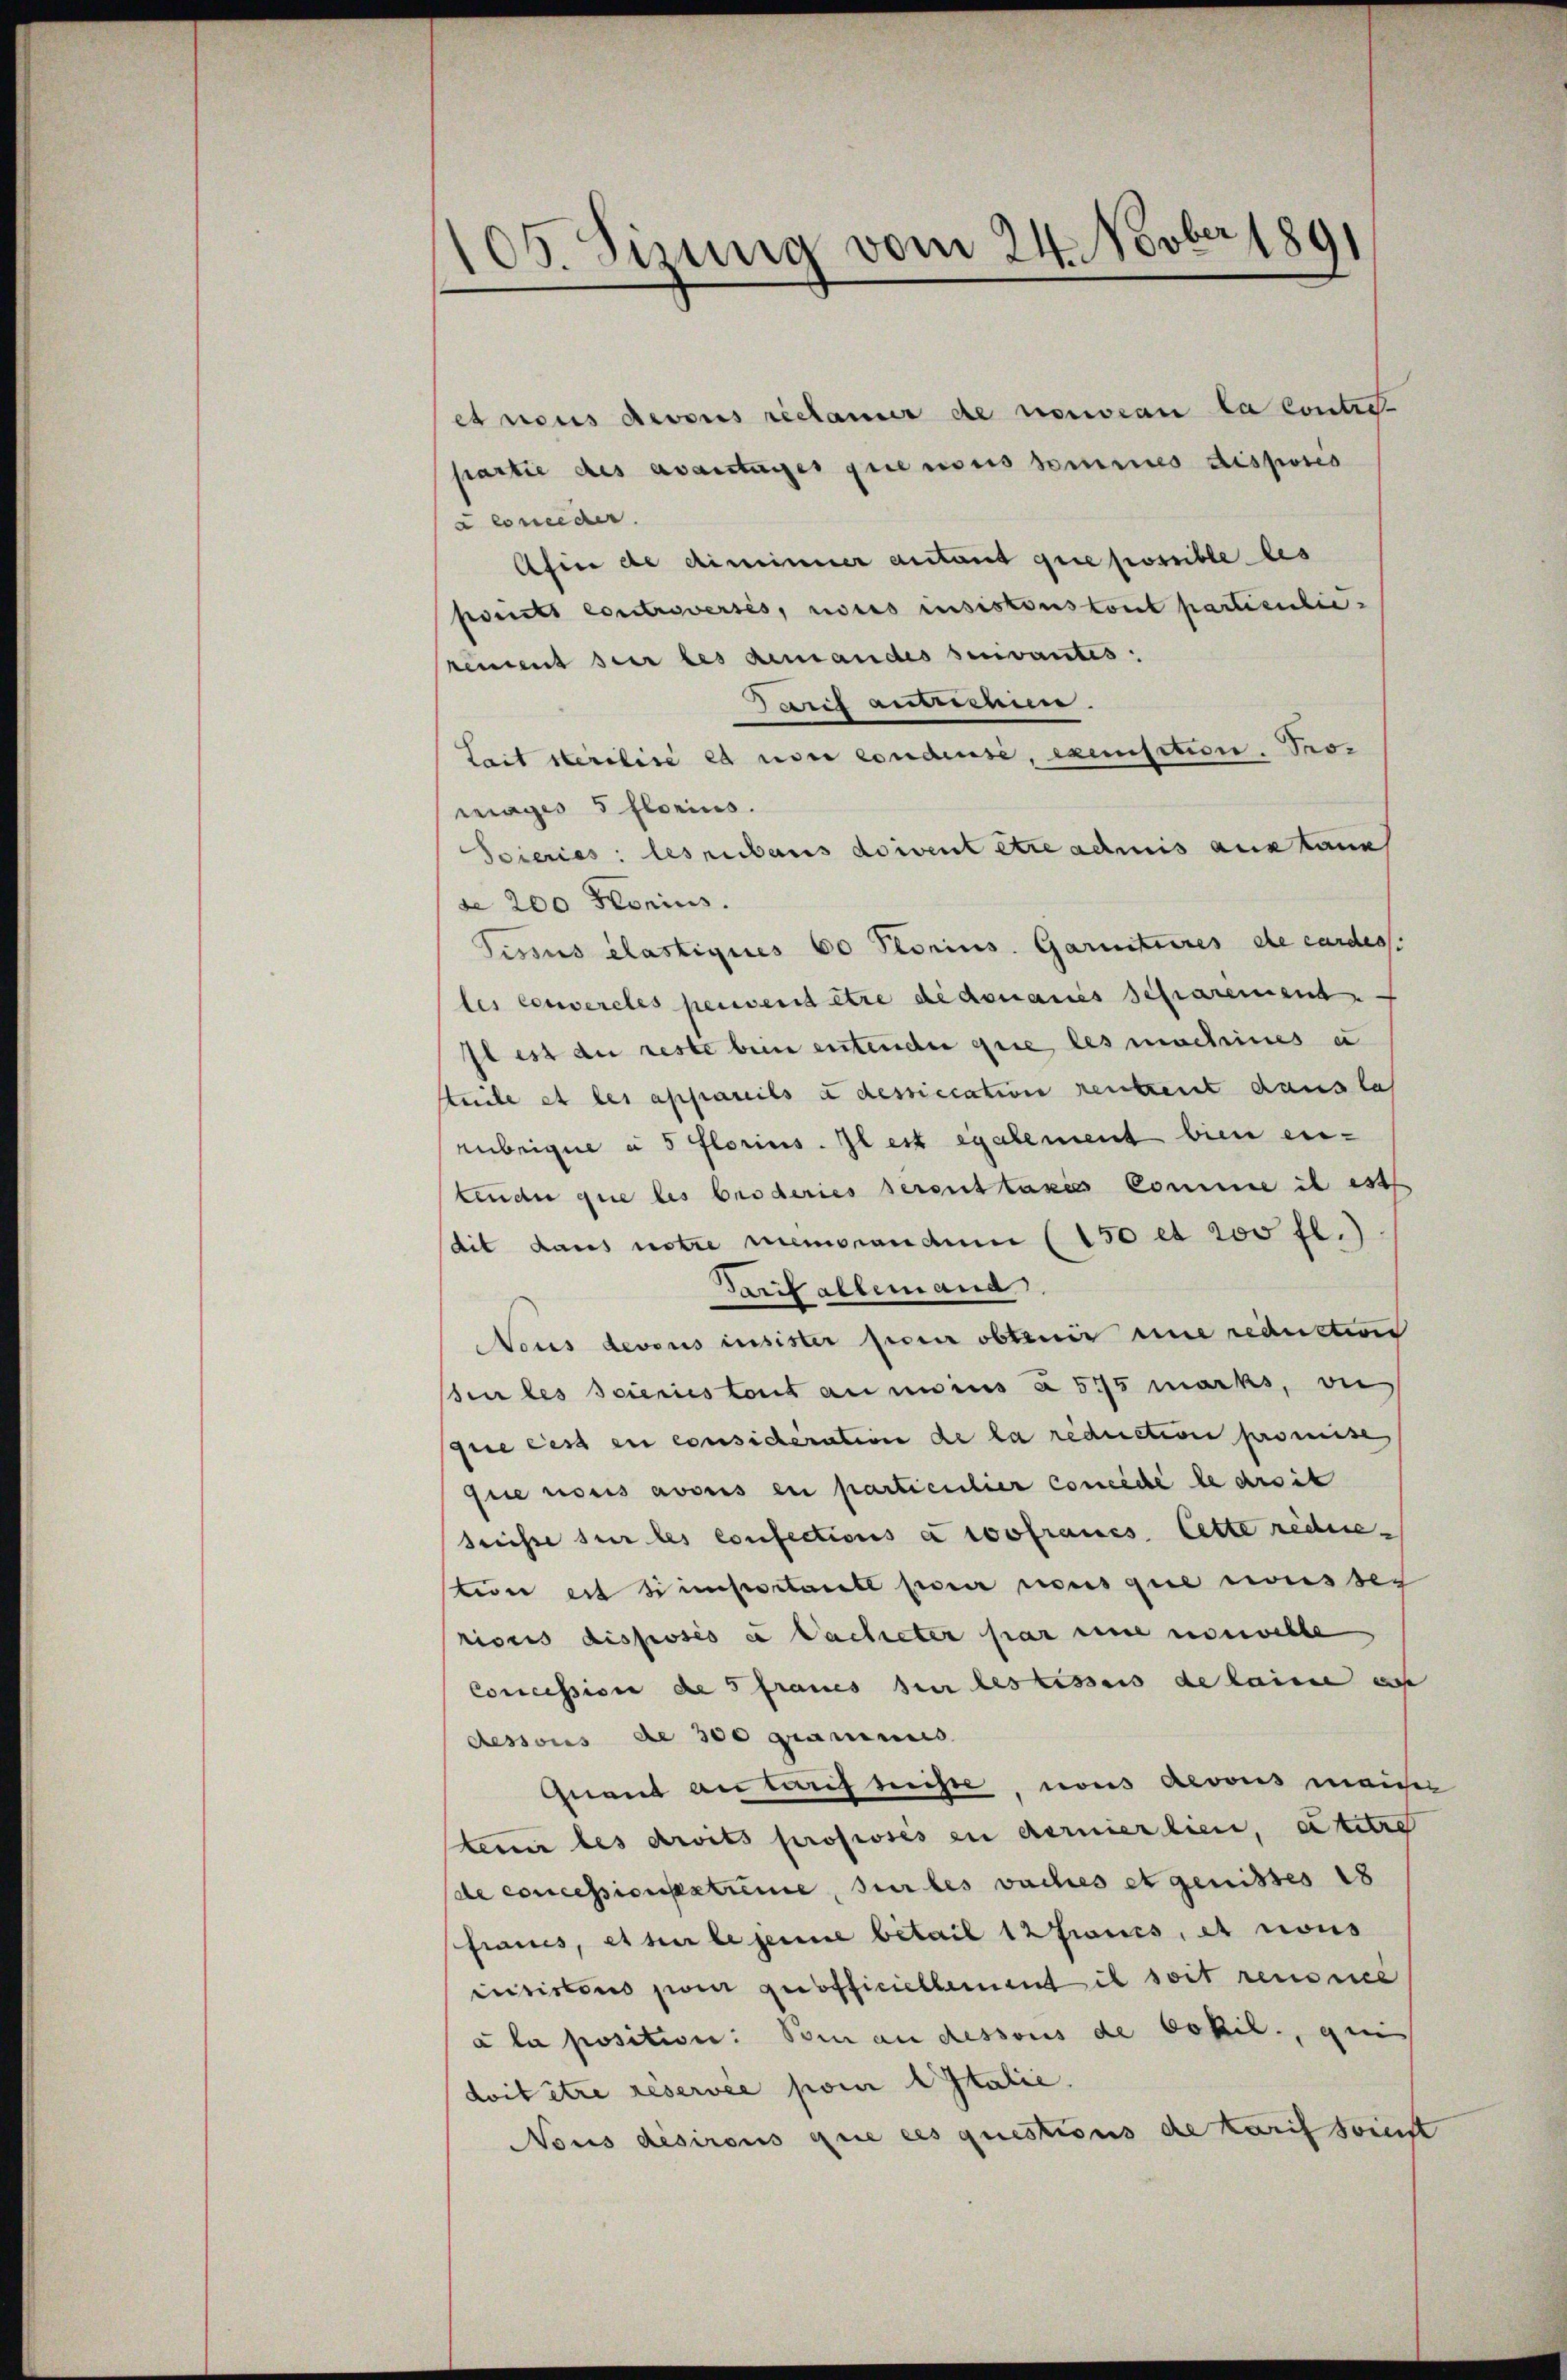
105. Sizung vom 24. Novber 1891

ex nous devors réclamer de nouveau la Contret
partie des avantages que nous sommes disposes
c conceder.
Ahin de diminuer autant que possible les
ponts controversés, noces insistons tout partienlierement sur les demandes servantes:
Tarif ausmann.
Lait sterilise es non condes, exeisition. Prowrages 5 florius.
Soieries: lesenbaus doivent être admis austaun
se 200 Honius.
Tissus élastiques 60 Plorius. Garnitaires de cardess
les convercles peuvent être de donaues Scharement
Il est du reste bein entenden gere, les macheines u
teile et les appareils a dessiication rentent dans las
rubrique à 5 florius. Il est également bien eibinde que les broderies seront taxies komme il est
dit dans notre memorandum (150 et 200 fl.)
Tarif allemand
NNous devous insister feier obtenir une reduction
en les seienies tout au moins à 575 marks, wie
que ces en considération de la reduction promise,
que nous avouis en particulier concédé le droit
sreisse sur les confections à 10ofraues lette rechnestion est simportant pour nous que weisse
ricus disposés et Sacheter par eine nouvelle
Concession de 5 Fraues sur les bisses de laine au
dessous de 300 grammes
Quant aus tarif seiste, nons Aerons mancher
tenir des droits professés en dernierlien, eitere
de concessionsstreme, sur les vaches et genisses 18
fraues, etter le jene betail 12 Francs, et nous
iuristens pour quofficiellement il soit renonce
a la position: Bei an dessous de bokil., qui
doit être réservée pom Italie.
Nous desirons que ces questions de Karif seienst